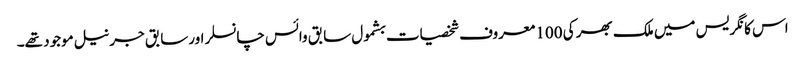
اس کانگریس میں ملک بھر کی 100 معروف شخصیات بشمول سابق وائس چانسلر اورسابق جرنیل موجود تھے۔